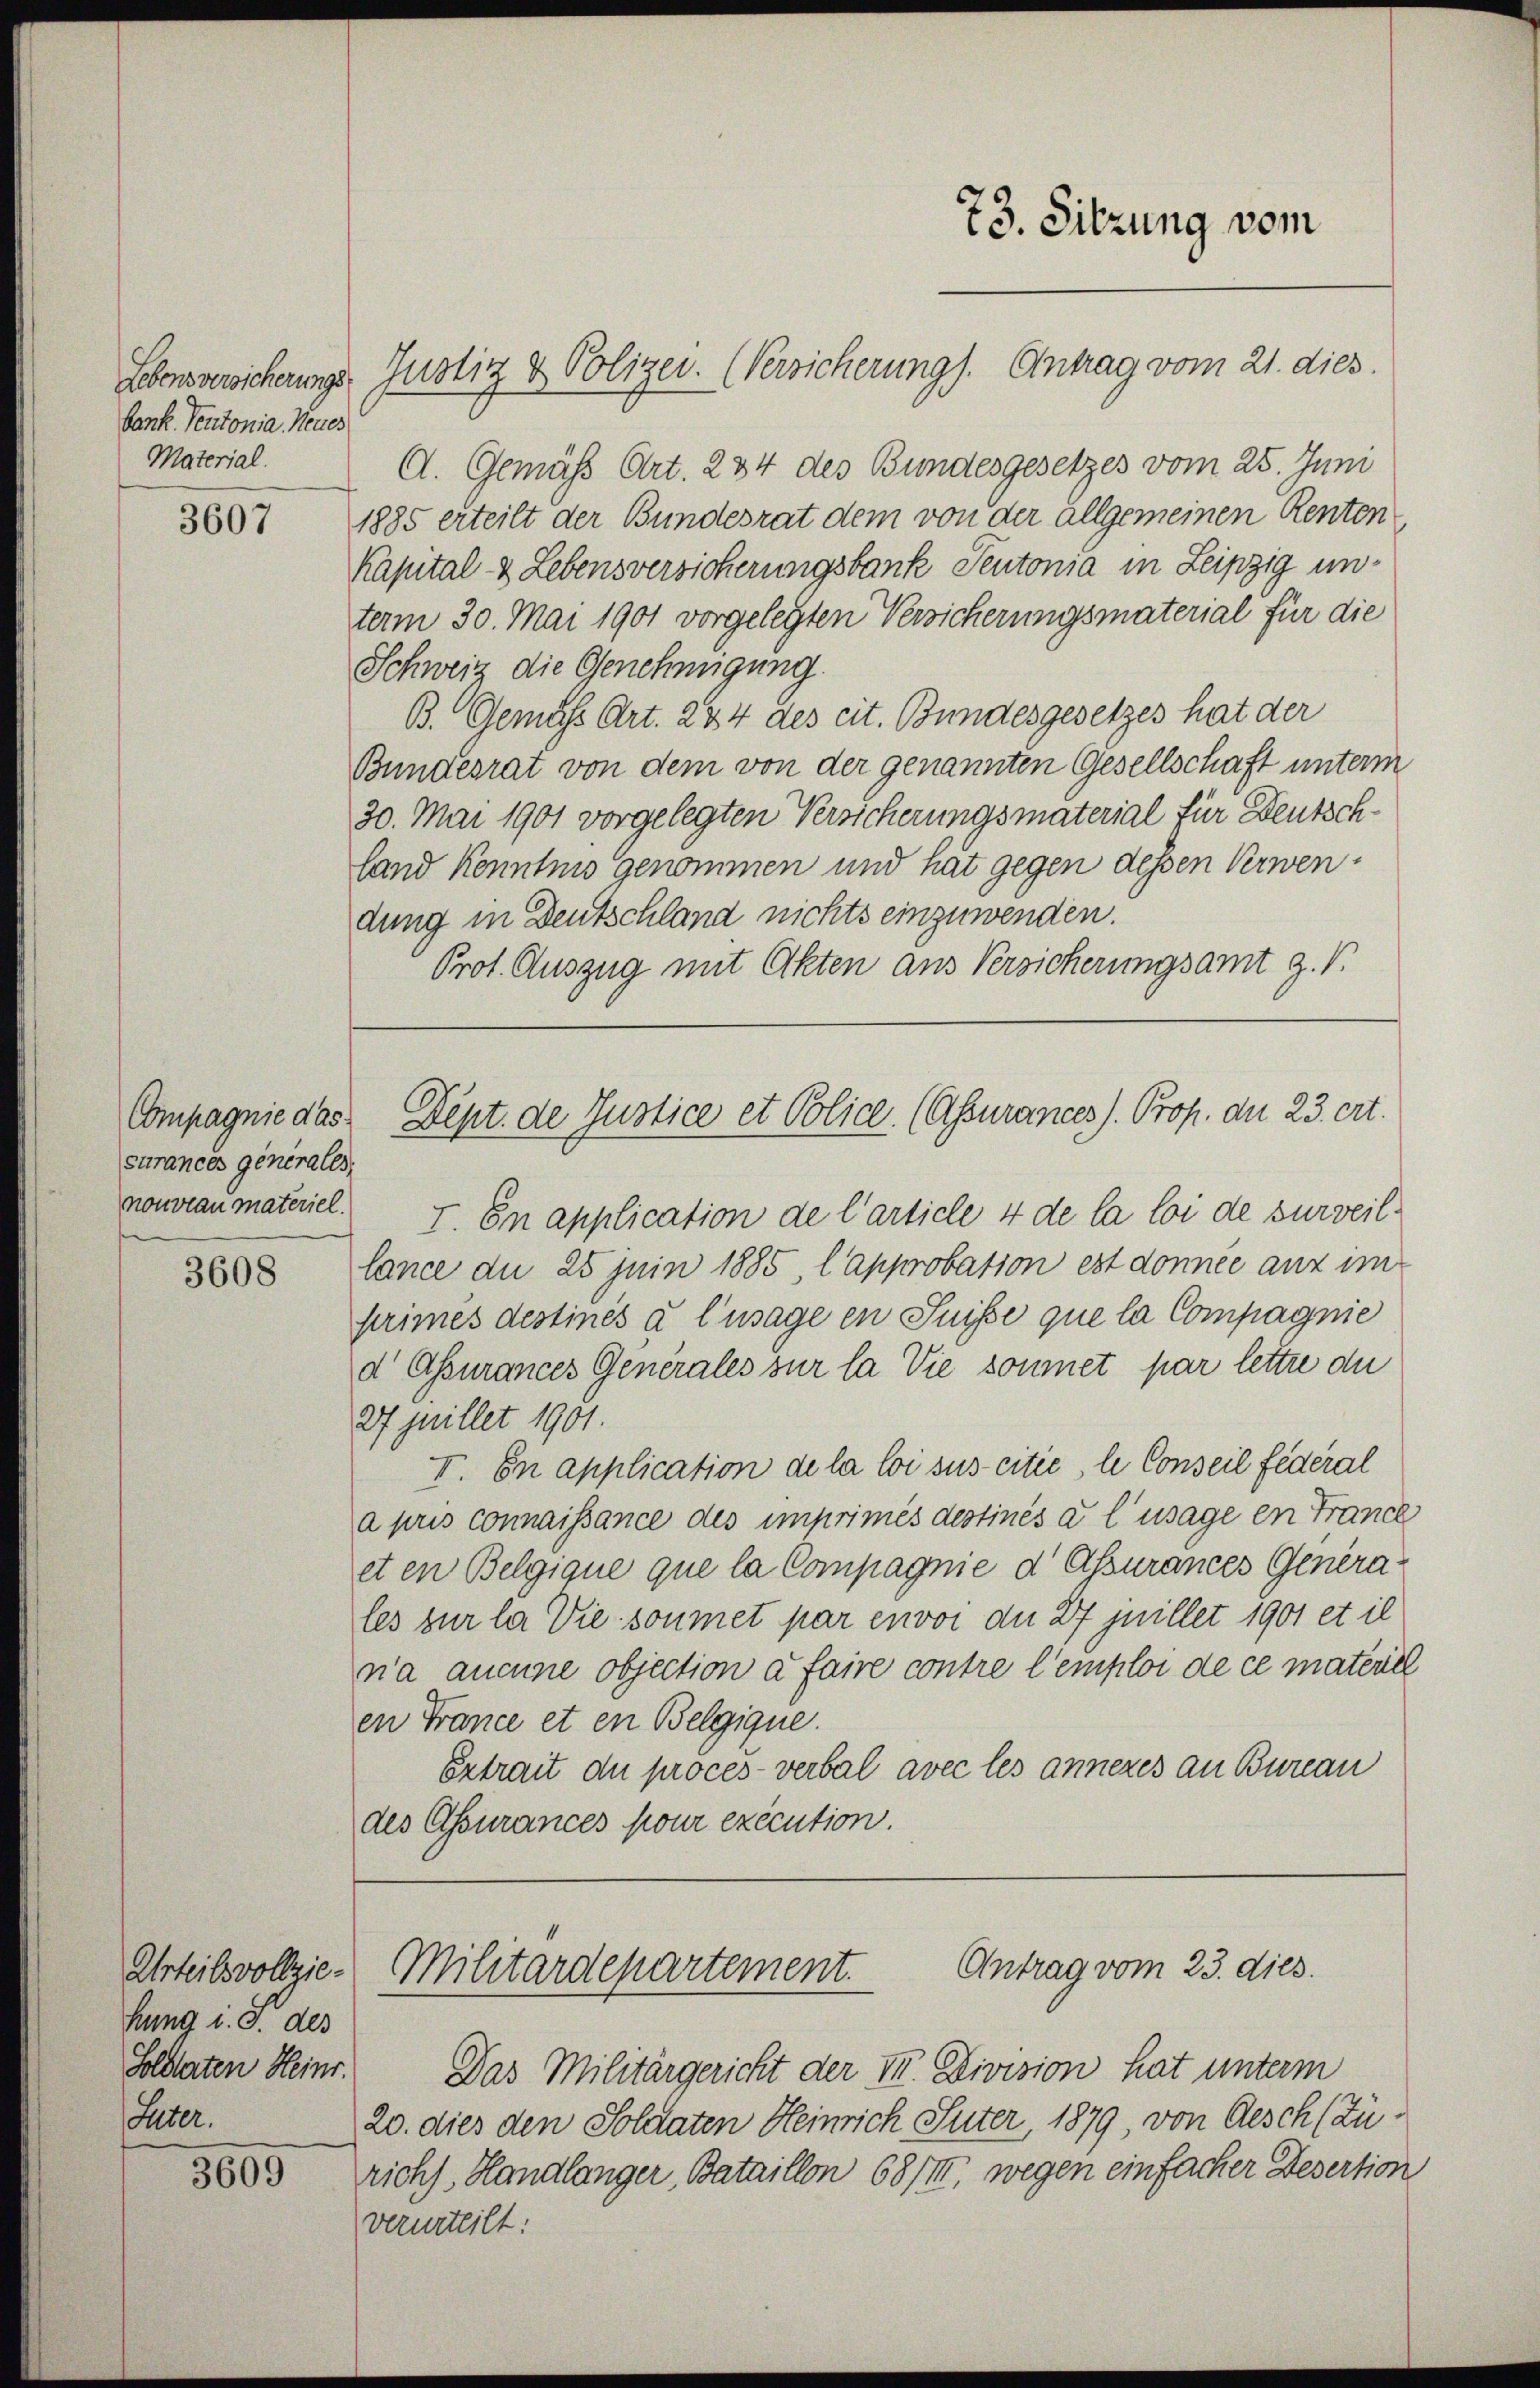
bank. Teutonia, Neues
Material.

3607

surances generales,
nouveau materiel.

3608

Urteilsvollziehung i. d. des
Solderten Heinr.
Later.

3605

Lebensversicherungs-Justiz & Polizei. (Versicherung). Antrag vom 21. dies.
A. Gemäß Art. 234 des Bundesgesetzes vom 25. Juni
1885 erteilt der Bundesrat dem von der allgemeinen Renten
Kapital & Lebensversicherungsbank Teutonia in Leipzig unterm 30. Mai 1901 vorgelegten Versicherungsmaterial für die
Schweiz die Genehmigung.
B. Gemäss Art. 244 des cit. Bundesgesetzes hat der
Bundesrat von dem von der genannten Gesellschaft unterm
30. Mai 1901 vorgelegten Versicherungsmaterial für Deutschland kenntnis genommen und hat gegen dessen Verwendung in Deutschland nichts einzuwenden.
Prot. Auszug mit Akten aus Versicherungsamt z. B.

73. Sitzung vom

I. In application de l’article 4 de la loi de surveillance du 25 Juin 1885, l’approbation est donnée ausz im
primés destinés à l’usage en Suisse que la Compagnie
d Assurances Generales sur la Vie sommet par lettre die
27 jillet 1901.
I. In application de la loi sus citie, le Conseil fédéral
a pris connaissance des imprimés destinés à l’usage en Franck
eten Belgique que la Compagnie d Assurances Generales zur la die soumet par envoi du 27 juillet 1901 et il
na aucune objection à faire contre l’emploi de ce materiel
en France et en Belgique.
Extrait de procès-verbal avec les anneres an Bureau
des Assurances pour exécution.

Compagnie das Dept. de Justice et Police. (Assurances). Prof. d. 23. crt.

Antrag vom 23. dies.
Militärdepartement.

Das Militärgericht der III. Division hat unterm
20. dies den Soldaten Heinrich Suter, 1879, von Gesch (Zürichs, Handlänger, Bataillon 68/III. wegen einfacher Desertion
verurteilt: